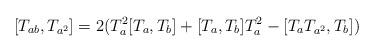
LaTeX: \begin{align*}[T_{ab}, T_{a^2}] = 2(T_a^2[T_a,T_b] + [T_a,T_b]T_a^2 -[T_aT_{a^2}, T_b])\end{align*}